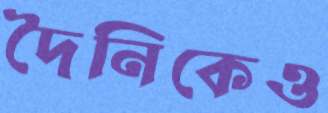
দৈনিকেও